Indian journal of veterinary science and animal husbandry - Volumes 15-17, 1948-1951
Year: 1948
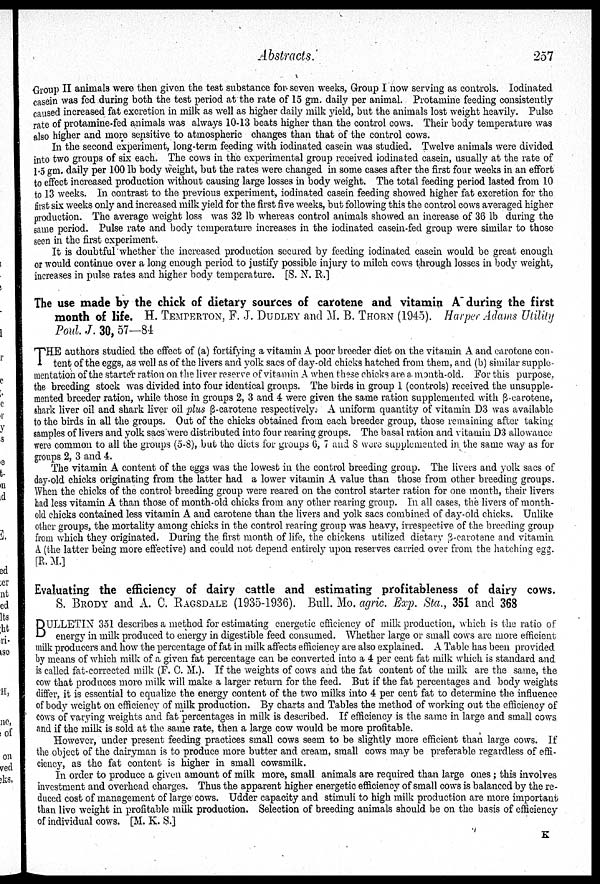
Abstracts.
257
Group II animals were then given the test substance for seven weeks, Group I now serving as controls. Iodinated
casein was fed during both the test period at the rate of 15 gm. daily per animal. Protamine feeding consistently
caused increased fat excretion in milk as well as higher daily milk yield, but the animals lost weight heavily. Pulse
rate of protamine-fed animals was always 10-13 beats higher than the control cows. Their body temperature was
also higher and more sensitive to atmospheric changes than that of the control cows.
In the second experiment, long-term feeding with iodinated casein was studied. Twelve animals were divided
into two groups of six each. The cows in the experimental group received iodinated casein, usually at the rate of
1.5 gm. daily per 100 lb body weight, but the rates were changed in some cases after the first four weeks in an effort
to effect increased production without causing large losses in body weight. The total feeding period lasted from 10
to 13 weeks. In contrast to the previous experiment, iodinated casein feeding showed higher fat excretion for the
first six weeks only and increased milk yield for the first five weeks, but following this the control cows averaged higher
production. The average weight loss was 32 lb whereas control animals showed an increase of 36 lb during the
same period. Pulse rate and body temperature increases in the iodinated casein-fed group were similar to those
seen in the first experiment.
It is doubtful whether the increased production secured by feeding iodinated casein would be great enough
or would continue over a long enough period to justify possible injury to milch cows through losses in body weight,
increases in pulse rates and higher body temperature. [S. N. R.]
The use made by the chick of dietary sources of carotene and vitamin A during the first
month of life. H. TEMPERTON, F. J. DUDLEY and M. B. THORN (1945). Harper Adams Utility
Poul. J. 30, 57—84
T HE authors studied the effect of (a) fortifying a vitamin A poor breeder diet on the vitamin A and carotene con-
tent of the eggs, as well as of the livers and yolk sacs of day-old chicks hatched from them, and (b) similar supple-
mentation of the starter ration on the liver reserve of vitamin A when these chicks are a. month-old. For this purpose,
the breeding stock was divided into four identical groups. The birds in group 1 (controls) received the unsupple-
mented breeder ration, while those in groups 2, 3 and 4 were given the same ration supplemented with ß-carotene,
shark liver oil and shark liver oil plus ß-carotene respectively. A uniform quantity of vitamin D3 was available
to the birds in all the groups. Out of the chicks obtained from each breeder group, those remaining after taking
samples of livers and yolk sacs were distributed into four rearing groups. The basal ration and vitamin D3 allowance
were common to all the groups (5-8), but the diets for groups 6, 7 and 8 were supplemented in the same way as for
groups 2, 3 and 4.
The vitamin A content of the eggs was the lowest in the control breeding group. The livers and yolk sacs of
day-old chicks originating from the latter had a lower vitamin A value than those from other breeding groups.
When the chicks of the control breeding group were reared on the control starter ration for one month, their livers
had less vitamin A than those of month-old chicks from any other rearing group. In all cases, the livers of month-
old chicks contained less vitamin A and carotene than the livers and yolk sacs combined of day-old chicks. Unlike
other groups, the mortality among chicks in the control rearing group was heavy, irrespective of the breeding group
from which they originated. During the first month of life, the chickens utilized dietary ß-carotene and vitamin
A (the latter being more effective) and could not depend entirely upon reserves carried over from the hatching egg.
[R. M.]
Evaluating the efficiency of dairy cattle and estimating profitableness of dairy cows.
S. BRODY and A. C. RAGSDALE (1935-1936). Bull. Mo. agric. Exp. Sta., 351 and 368
B ULLETIN 351 describes a method for estimating energetic efficiency of milk production, which is the ratio of
energy in milk produced to energy in digestible feed consumed. Whether large or small cows are more efficient
milk producers and how the percentage of fat in milk affects efficiency are also explained. A Table has been provided
by means of which milk of a given fat percentage can be converted into a 4 per cent fat milk which is standard and
is called fat-corrected milk (F. C. M.). If the weights of cows and the fat content of the milk are the same, the
cow that produces more milk will make a larger return for the feed. But if the fat percentages and body weights
differ, it is essential to equalize the energy content of the two milks into 4 per cent fat to determine the influence
of body weight on efficiency of milk production. By charts and Tables the method of working out the efficiency of
cows of varying weights and fat percentages in milk is described. If efficiency is the same in large and small cows
and if the milk is sold at the same rate, then a large cow would be more profitable.
However, under present feeding practices small cows seem to be slightly more efficient than large cows. If
the object of the dairyman is to produce more butter and cream, small cows may be preferable regardless of effi-
ciency, as the fat content is higher in small cowsmilk.
In order to produce a given amount of milk more, small animals are required than large ones; this involves
investment and overhead charges. Thus the apparent higher energetic efficiency of small cows is balanced by the re-
duced cost of management of large cows. Udder capacity and stimuli to high milk production are more important
than live weight in profitable milk production. Selection of breeding animals should be on the basis of efficiency
of individual cows. [M. K. S.]
K